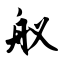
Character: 舣